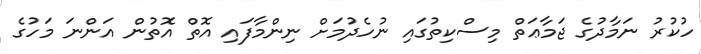
ހުކުރު ނަމާދުގެ ޖަމާޢަތް މިސްކިތުގައި ނުހެދުމަށް ނިންމާފައި އޮތް އޮތުން އަންނަ މަހުގެ